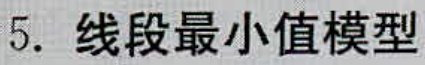
5. 线段最小值模型